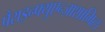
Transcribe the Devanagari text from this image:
पैराइन्फ्युएन्ज़ाशामिल